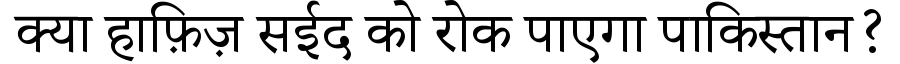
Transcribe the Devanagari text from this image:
क्या हाफ़िज़ सईद को रोक पाएगा पाकिस्तान?